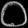
Digit: ၀